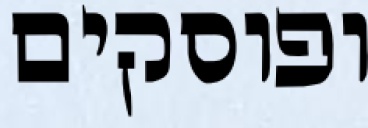
ופוסקים